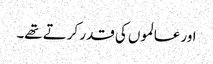
اور عالموں کی قدر کرتے تھے۔